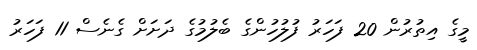
މީގެ އިތުރުން 20 ފަހަރު ފުލުހުންގެ ބެލުމުގެ ދަށަށް ގެނެސް 11 ފަހަރު